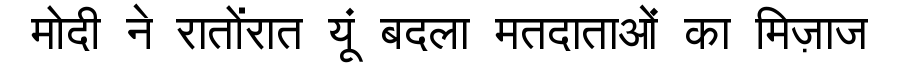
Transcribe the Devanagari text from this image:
मोदी ने रातोंरात यूं बदला मतदाताओं का मिज़ाज